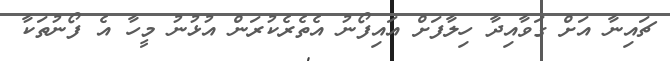
ޗައިނާ އަށް ގަވާއިދާ ހިލާފަށް އައިފޯނު އެތެރެކުރަން އުޅުނު މީހާ އެ ފޯނުތަކާ